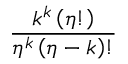
\frac { k ^ { k } \left( \eta ! \right) } { \eta ^ { k } \left( \eta - k \right) ! }